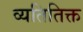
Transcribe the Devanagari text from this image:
व्यतितिक्त